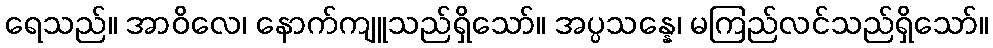
ရေသည်။ အာဝိလေ၊ နောက်ကျူသည်ရှိသော်။ အပ္ပသန္နေ၊ မကြည်လင်သည်ရှိသော်။